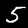
Label: 5